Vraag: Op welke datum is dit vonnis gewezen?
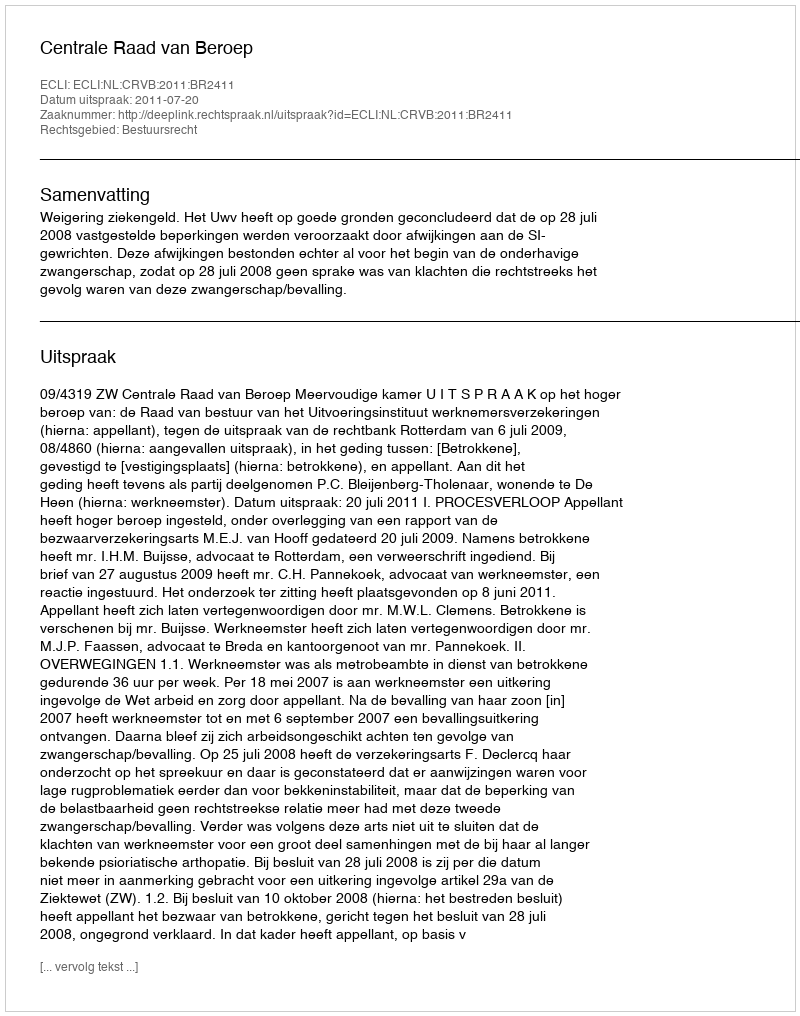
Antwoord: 2011-07-20